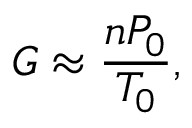
G \approx \frac { n P _ { 0 } } { T _ { 0 } } ,